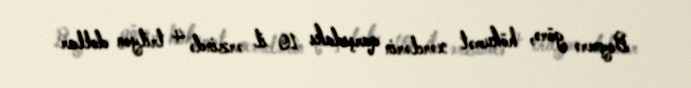
Boynerə görə, hökumət xərclərin qarşıdakı 10 il ərzində 4 trilyon dollar